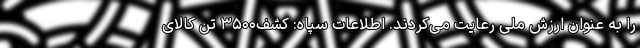
را به عنوان ارزش ملی رعایت می‌کردند. اطلاعات سپاه: کشف۳۵۰۰ تن کالای